Document type: Sale
Year: 1354
Scribe: Bernat de Torre
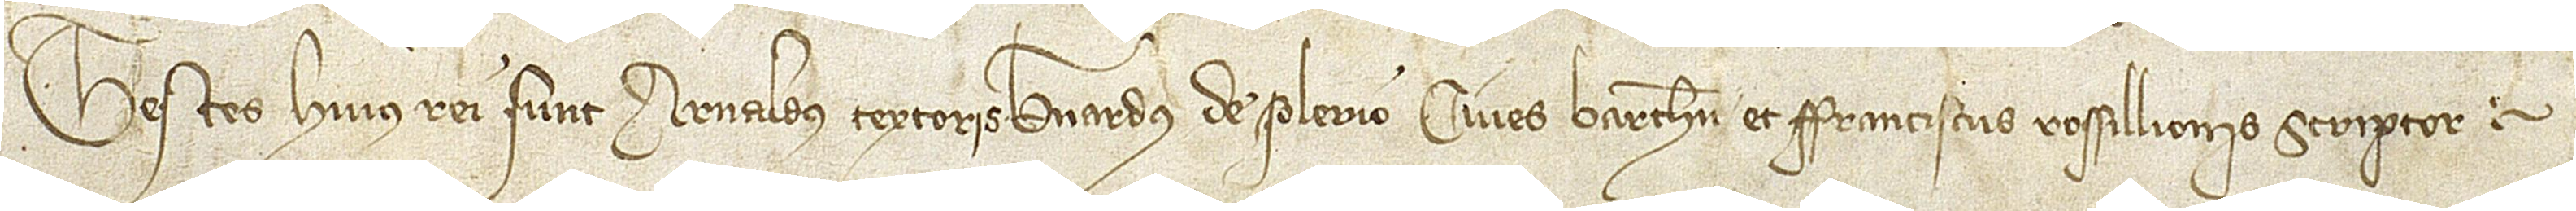
Testes huius rei sunt: Arnaldus Textoris, Bernardus de Solerio, cives Barchinone, et Franciscus Rossillionis, scriptor.